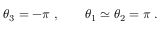
\theta _ { 3 } = - \pi \; , \qquad \theta _ { 1 } \simeq \theta _ { 2 } = \pi \; .